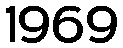
1969